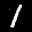
Label: 1